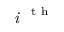
\textit { i } ^ { \mathrm { ~ t ~ h ~ } }